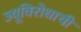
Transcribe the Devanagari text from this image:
ज्यूविरोधाची